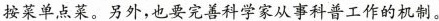
按菜单点菜。另外，也要完善科学家从事科普工作的机制。